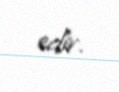
edir.